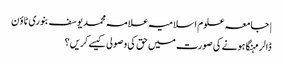
| جامعہ علوم اسلامیہ علامہ محمد یوسف بنوری ٹاؤن
ڈالر مہنگا ہونے کی صورت میں حق کی وصولی کیسے کریں؟